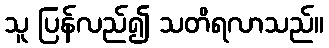
သူ ပြန်လည်၍ သတိရလာသည်။